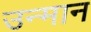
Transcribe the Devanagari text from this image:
उन्मान